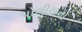
પોલીસના